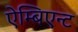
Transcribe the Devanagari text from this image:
ऐम्बिएन्ट